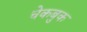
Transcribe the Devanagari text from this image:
चेकबुक